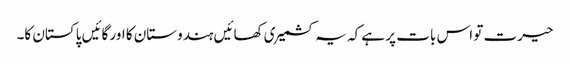
حیرت تو اس بات پر ہے کہ یہ کشمیری کھائیں ہندوستان کا اور گائیں پاکستان کا۔